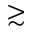
\gtrsim